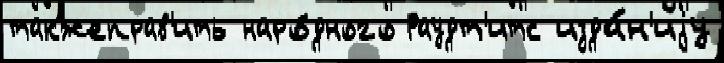
такжеправ'ить наро́дного Раудт'итс изда́н'иjу